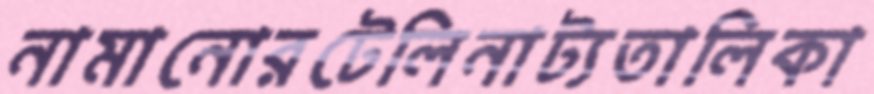
নামানোরটেলিনাট্যতালিকা